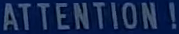
ATTENTION!